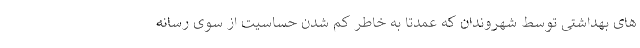
های بهداشتی توسط شهروندان که عمدتا به خاطر کم شدن حساسیت از سوی رسانه